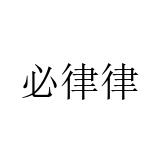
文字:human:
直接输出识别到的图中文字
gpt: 必律律